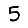
Digit: 5